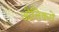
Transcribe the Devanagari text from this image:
औलिकरों